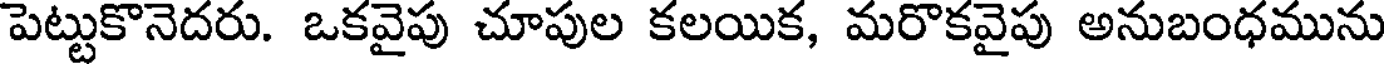
పెట్టుకొనెదరు. ఒకవైపు చూపుల కలయిక, మరొకవైపు అనుబంధమును